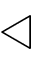
\triangleleft